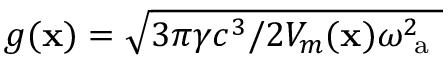
g ( { \bf x } ) = \sqrt { 3 \pi \gamma c ^ { 3 } / 2 V _ { m } ( { \bf x } ) \omega _ { \mathrm { ~ a ~ } } ^ { 2 } }